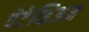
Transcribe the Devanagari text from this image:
पेटेव्हिअम